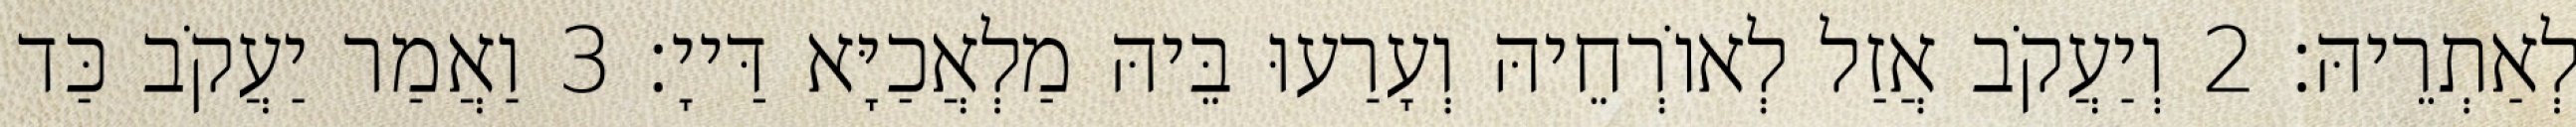
לְאַתְרֵיהּ׃ 2 וְיַעֲקֹב אֲזַל לְאוֹרְחֵיהּ וְעָרַעוּ בֵּיהּ מַלְאֲכַיָּא דַּייָ׃ 3 וַאֲמַר יַעֲקֹב כַּד